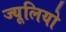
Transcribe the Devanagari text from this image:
ज्यूलियो